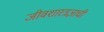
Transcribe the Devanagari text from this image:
जीवशास्त्रज्ञाची